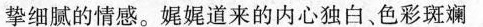
挚细腻的情感。娓娓道来的内心独白、色彩斑斓